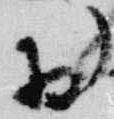
於